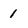
Character: I